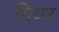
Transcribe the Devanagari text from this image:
दियर